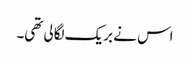
اس نے بریک لگالی تھی۔